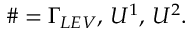
\# = \Gamma _ { L E V } , \, U ^ { 1 } , \, U ^ { 2 } .